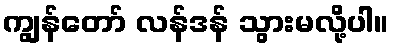
ကျွန်တော် လန်ဒန် သွားမလို့ပါ။